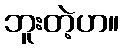
ဘူးတဲ့ဟ။